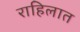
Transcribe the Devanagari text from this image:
राहिलात